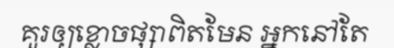
គួរឲ្យខ្លោចផ្សាពិតមែន អ្នកនៅតែ